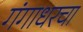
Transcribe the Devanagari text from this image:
गंगाधरचा